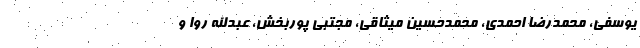
یوسفی، محمدرضا احمدی، محمدحسین میثاقی، مجتبی پوربخش، عبدالله روا و